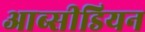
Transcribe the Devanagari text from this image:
आब्सीडियन